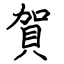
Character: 賀